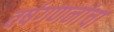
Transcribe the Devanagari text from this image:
वर्षगणनांचा